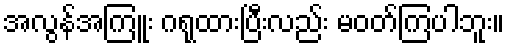
အလွန်အကြူး ဂရုထားပြီးလည်း မဝတ်ကြပါဘူး။